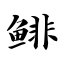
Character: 鲱